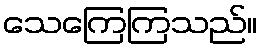
သေကြေကြသည်။